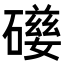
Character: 𥖃